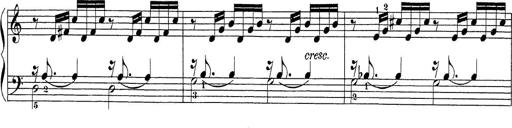
Title: Sonatina Album
Composer: Louis KÃ¶hler